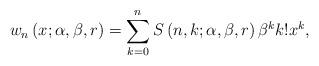
LaTeX: \begin{align*}w_{n}\left( x;\alpha,\beta,r\right) =\sum_{k=0}^{n}S\left( n,k;\alpha,\beta,r\right) \beta^{k}k!x^{k}, \end{align*}